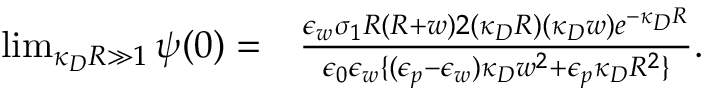
\begin{array} { r l } { \operatorname* { l i m } _ { \kappa _ { D } R \gg 1 } \psi ( 0 ) = } & { \frac { \epsilon _ { w } \sigma _ { 1 } R \left( R + w \right) 2 ( \kappa _ { D } R ) ( \kappa _ { D } w ) e ^ { - \kappa _ { D } R } } { \epsilon _ { 0 } \epsilon _ { w } \{ ( \epsilon _ { p } - \epsilon _ { w } ) \kappa _ { D } w ^ { 2 } + \epsilon _ { p } \kappa _ { D } R ^ { 2 } \} } . } \end{array}